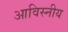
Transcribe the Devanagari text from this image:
आविस्नीय